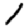
Digit: 1